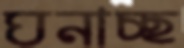
ঘনাচ্ছ